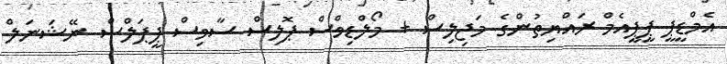
އެމްޑީޕީ ޕީޕީއެމް ރައްޔިތުންގެ މަޖިލިސް + މޯލްޑިވްސް ޕޮލިސް ސާވިސް ޕީޕަލްސް ނޭޝަނަލް